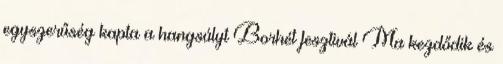
egyszerűség kapta a hangsúlyt Borhét fesztivál Ma kezdődik és